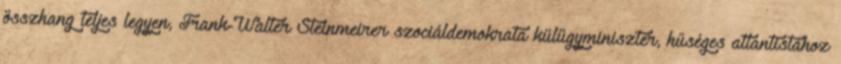
összhang teljes legyen, Frank-Walter Steinmeirer szociáldemokrata külügyminiszter, hűséges atlantistához